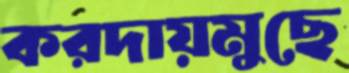
করদায়মুছে